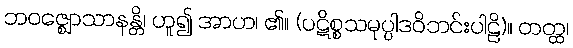
ဘဝဇ္ဈောသာနန္တိ၊ ဟူ၍ အာဟ၊ ၏။ (ပဋိစ္စသမုပ္ပါဒဝိဘင်းပါဠိ)။ တတ္ထ၊